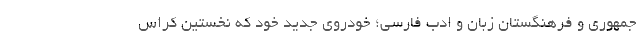
جمهوری و فرهنگستان زبان و ادب فارسی؛ خودروی جدید خود که نخستین کراس